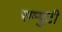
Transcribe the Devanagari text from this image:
सम्पुटी